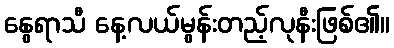
နွေရာသီ နေ့လယ်မွန်းတည့်လုနီးဖြစ်၏။